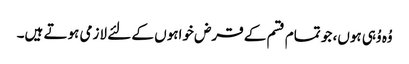
وُہ وُہی ہوں، جو تمام قسم کے قرض خواہوں کے لئے لازمی ہوتے ہیں۔